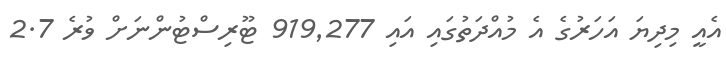
އެއީ މިދިޔަ އަހަރުގެ އެ މުއްދަތުގައި އައި 919